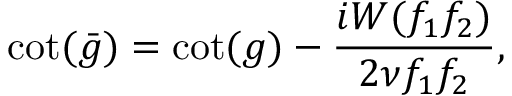
\cot ( \bar { g } ) = \cot ( g ) - \frac { i W ( f _ { 1 } f _ { 2 } ) } { 2 \nu f _ { 1 } f _ { 2 } } ,